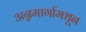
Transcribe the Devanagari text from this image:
अन्नमार्गामधून